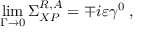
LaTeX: \operatorname * { l i m } _ { \Gamma \rightarrow 0 } \Sigma _ { X P } ^ { R , A } = \mp i \varepsilon \gamma ^ { 0 } \; ,